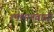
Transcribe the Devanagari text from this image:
श्मशानवासी